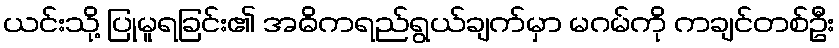
ယင်းသို့ ပြုမူရခြင်း၏ အဓိကရည်ရွယ်ချက်မှာ မဂမ်ကို ကချင်တစ်ဦး